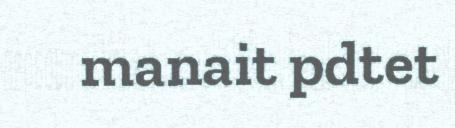
manait pdtet